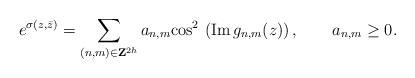
\begin{align*}e^{\sigma(z,\bar z)}=\sum_{({n,m})\in {\bf Z}^{2h}} a_{n,m}{\rm cos}^2\,\left( {\rm Im}\, g_{n,m}(z)\right), \qquad a_{n,m}\ge 0.\end{align*}